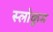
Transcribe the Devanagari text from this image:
स्लोकुम